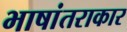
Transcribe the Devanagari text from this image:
भाषांतराकार